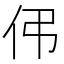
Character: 伄